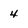
Character: 4